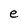
Character: e